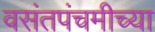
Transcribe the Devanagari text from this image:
वसंतपंचमीच्या